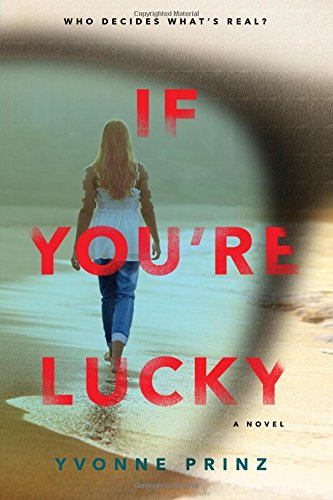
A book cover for If You're Lucky; Yvonne Prinz; Teen & Young Adult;